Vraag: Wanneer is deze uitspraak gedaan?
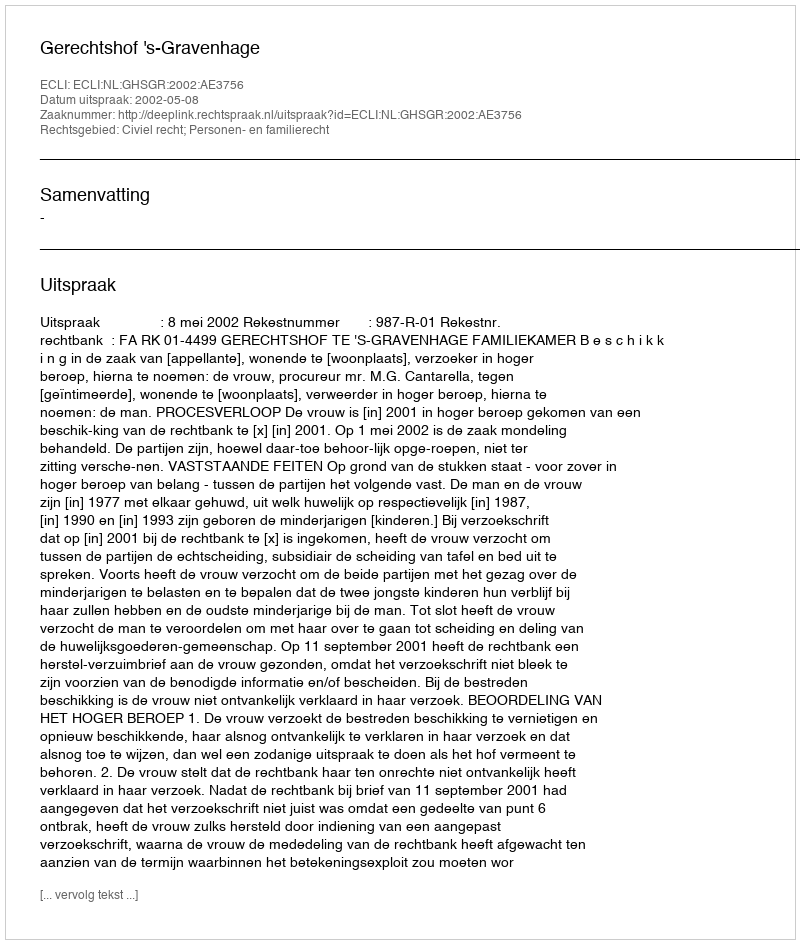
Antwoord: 2002-05-08